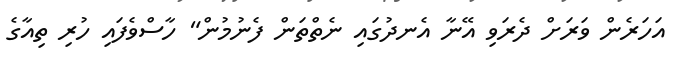
އަހަރެން ވަރަށް ދެރަވި އޭނާ އެނދުގައި ނެތްތަން ފެނުމުން" ހާސްވެފައި ހުރި ތިއާގެ